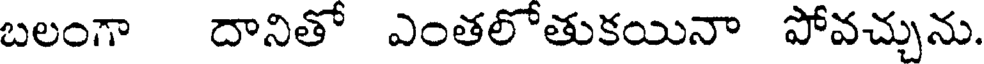
బలంగా దానితో ఎంతలోతుకయినా పోవచ్చును.